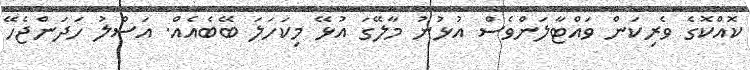
ކޮއްކޮގެ ވެރިކަން ވައްޓާލަންވެސް އުޅުނު މާލޭގަ އުޅޭ މިކަހަލަ ބޭބެއެއް. އަސްލު ހަދަންޖެހޭ